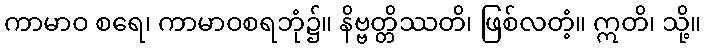
ကာမာဝ စရေ၊ ကာမာဝစရဘုံ၌။ နိဗ္ဗတ္တိဿတိ၊ ဖြစ်လတံ့။ ဣတိ၊ သို့။